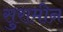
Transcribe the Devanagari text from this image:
सुरामीन